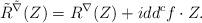
LaTeX: \begin{align*}\tilde{R}^{\tilde{\nabla}}(Z) = R^\nabla(Z) + i dd^cf \cdot Z.\end{align*}